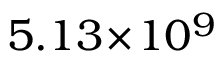
5 . 1 3 \! \times \! 1 0 ^ { 9 }